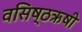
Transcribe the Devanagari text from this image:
वसिष्ठऋषी